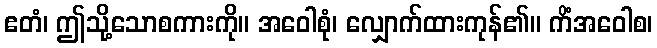
ဧတံ၊ ဤသို့သောစကားကို။ အဝေါစုံ၊ လျှောက်ထားကုန်၏။ ကိံအဝေါစ၊